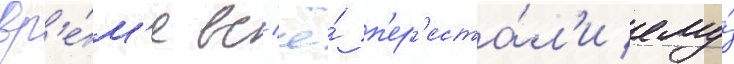
вр'е́м'я вс'ё́ п'ер'еста́л'и ему́